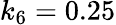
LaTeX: k_{6}=0.25